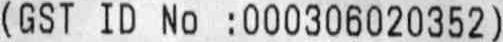
(GST ID NO :000306020352)